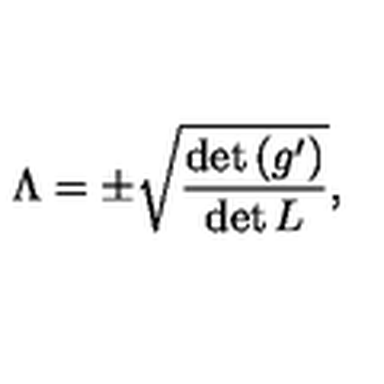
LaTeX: \Lambda = \pm \sqrt { \frac { \det \left( g ^ { \prime } \right) } { \det L } } ,